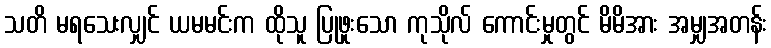
သတိ မရသေးလျှင် ယမမင်းက ထိုသူ ပြုဖူးသော ကုသိုလ် ကောင်းမှုတွင် မိမိအား အမျှအတန်း